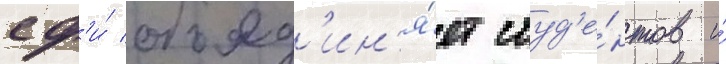
сф'и́ объед'ин'я́ет студ'е́нтов и́